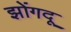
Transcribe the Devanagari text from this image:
झोंगदू